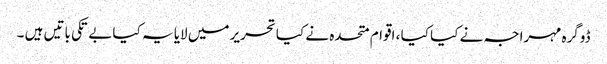
ڈوگرہ مہراجہ نے کیا کیا ، اقوام متحدہ نے کیا تحریر میں لایا یہ کیا بے تکی باتیں ہیں ۔